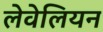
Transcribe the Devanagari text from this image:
लेवेलियन